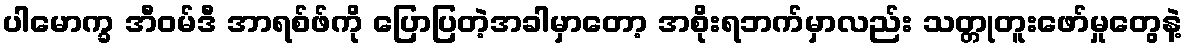
ပါမောက္ခ အီဝမ်ဒီ အာရစ်ဖ်ကို ပြောပြတဲ့အခါမှာတော့ အစိုးရဘက်မှာလည်း သတ္တုတူးဖော်မှုတွေနဲ့